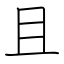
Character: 且